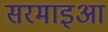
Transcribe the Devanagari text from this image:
सरमाइआ